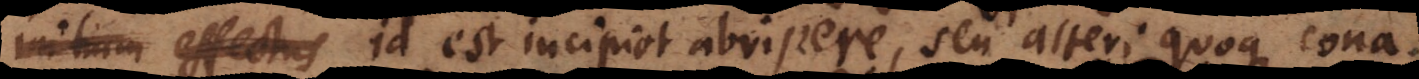
initium effectus id est incipiet abripere, seu alteri quoque cona